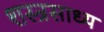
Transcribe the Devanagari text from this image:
शस्त्रसाध्य